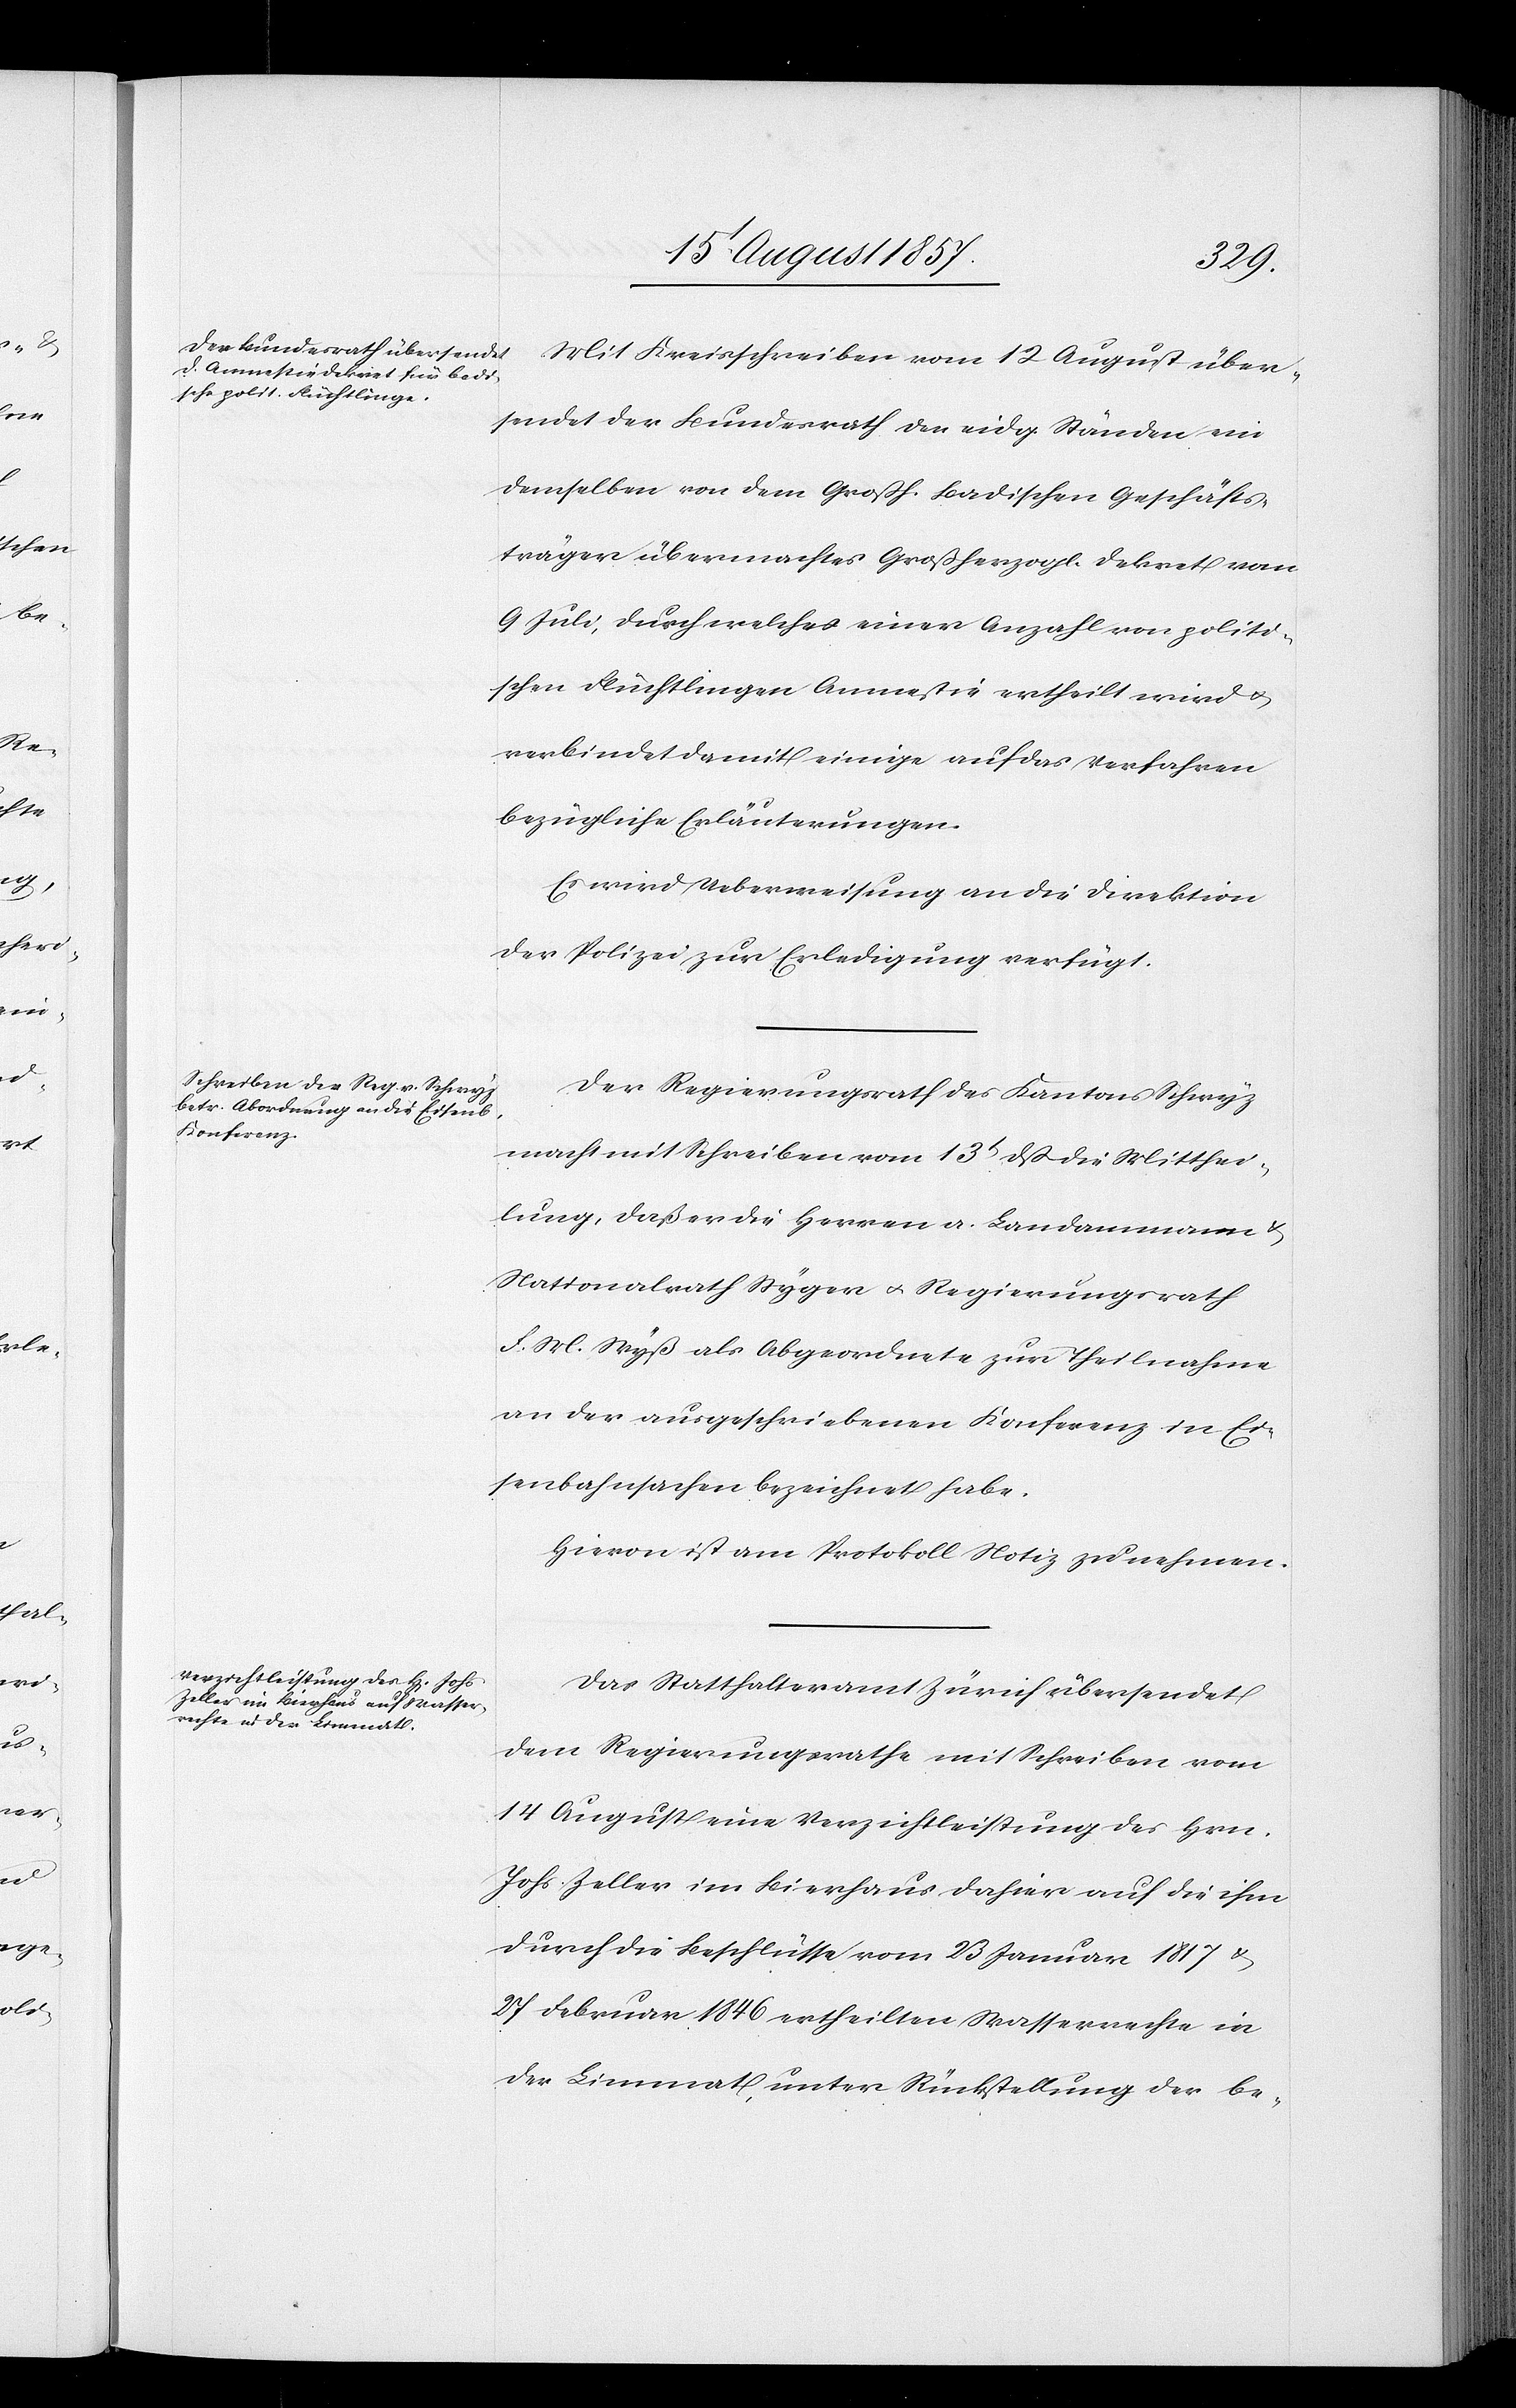
Mit Kreisschreiben vom 12 August über¬
sendet der Bundesrath den eidg. Ständen ein
demselben von dem Großh. Badischen Geschäfts¬
träger übermachtes Großherzogl. Dekret vom
9 Juli, durch welches einer Anzahl von politi¬
schen Flüchtlingen Amnestie ertheilt wird &
verbindet damit einige auf das Verfahren
bezügliche Erläuterungen.
Es wird Ueberweisung an die Direktion
der Polizei zur Erledigung verfügt.
Der Regierungsrath des Kantons Schwyz
macht mit Schreiben vom 13t dß die Mitthei¬
lung, daß er die Herren a. Landammann &
Nationalrath Styger & Regierungsrath
F. M. Wyß als Abgeordnete zur Theilnahme
an der ausgeschriebenen Konferenz in Ei¬
senbahnsachen bezeichnet habe.
Hievon ist am Protokoll Notiz zu nehmen.
Das Statthalteramt Zürich übersendet
dem Regierungsrathe mit Schreiben vom
14 August eine Verzichtleistung des Hrn.
Johs. Zeller im Bierhaus dahier auf die ihm
durch die Beschlüsse vom 23 Januar 1817 &
27 Februar 1846 ertheilten Wasserrechte in
der Limmat unter Rückstellung der be-